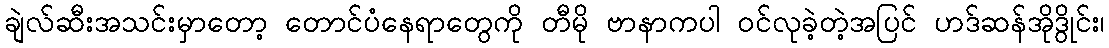
ချဲလ်ဆီးအသင်းမှာတော့ တောင်ပံနေရာတွေကို တီမို ဗာနာကပါ ဝင်လုခဲ့တဲ့အပြင် ဟဒ်ဆန်အိုဒွိုင်း၊